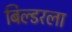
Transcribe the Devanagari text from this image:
बिल्डरला